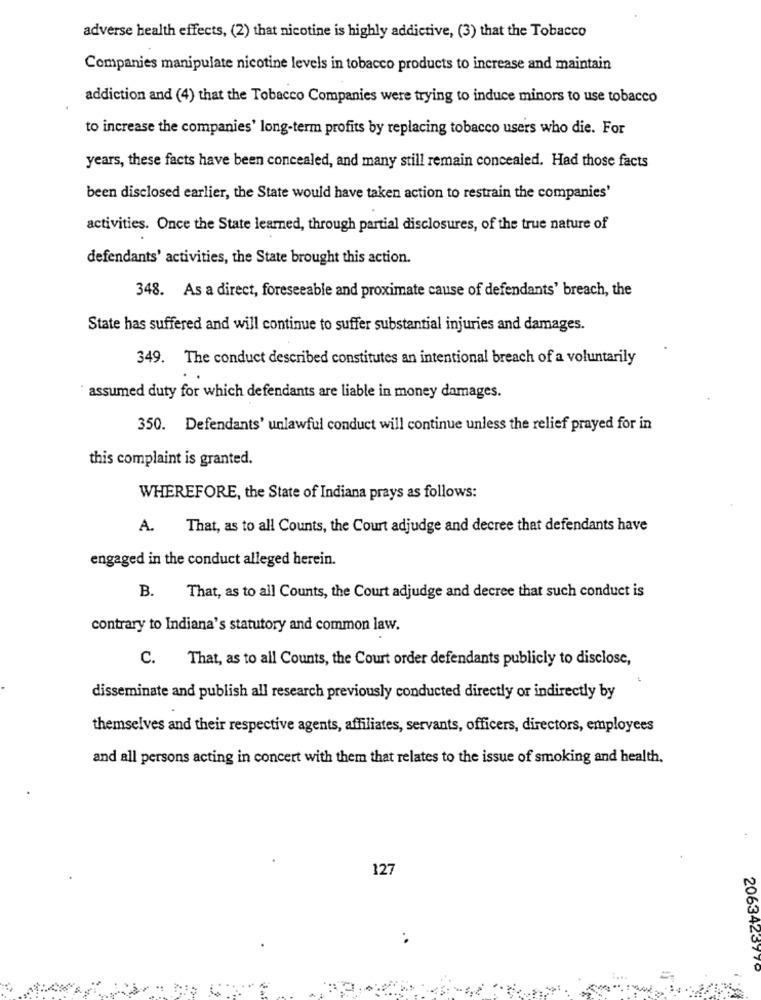
adverse health effects, (2) that nicotine is highly addictive, (3) that the Tobacco
Companies manipulate nicotine levels in tobacco products to increase and maintain
addiction and (4) that the Tobacco Companies were trying to induce minors to use tobacco
to increase the companies' long-term profits by replacing tobacco users who die. For
years, these facts have been concealed, and many still remain concealed. Had those facts
been disclosed earlier, the State would have taken action to restrain the companies'
activities. Once the State learned, through partial disclosures, of the true nature of
defendants' activities, the State brought this action.
348. As a direct, foreseeable and proximate cause of defendants' breach, the
State has suffered and will continue to suffer substantial injuries and damages.
349. The conduct described constitutes an intentional breach of a voluntarily
assumed duty for which defendants are liable in money damages.
350. Defendants' unlawful conduct will continue unless the relief prayed for in
this complaint is granted.
WHEREFORE, the State of Indiana prays as follows:
A.
That, as to all Counts, the Court adjudge and decree that defendants have
engaged in the conduct alleged herein.
That, as to all Counts, the Court adjudge and decree that such conduct is
B.
contrary to Indiana's statutory and common law.
C. That, as to all Counts, the Court order defendants publicly to disclose,
disseminate and publish all research previously conducted directly or indirectly by
themselves and their respective agents, affiliates, servants, officers, directors, employees
and all persons acting in concert with them that relates to the issue of smoking and health.
127
2063423970
=-